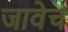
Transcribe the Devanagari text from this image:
जावेच